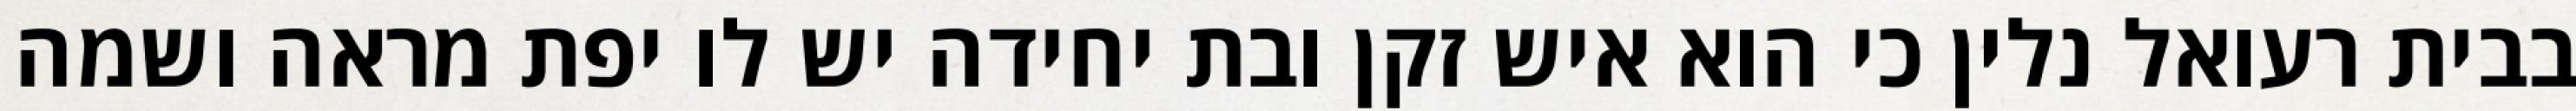
בבית רעואל נלין כי הוא איש זקן ובת יחידה יש לו יפת מראה ושמה